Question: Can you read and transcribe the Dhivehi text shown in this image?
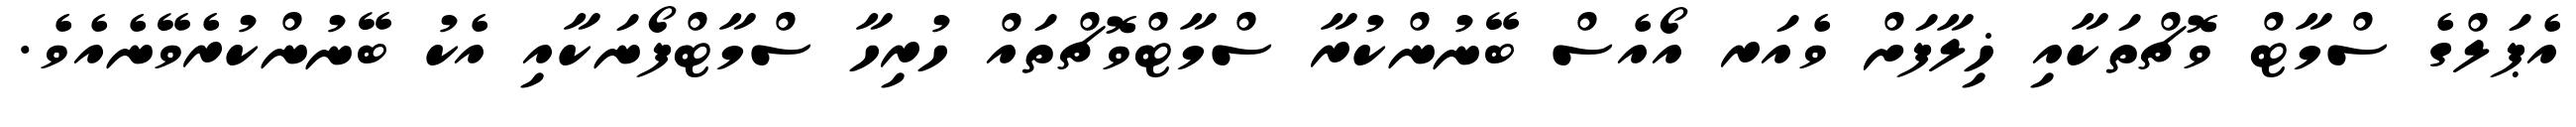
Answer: އެޕަލްގެ ސްމާޓް ވޮޗްތަކާއި ޚިލާފަށް ވެއަރ އޯއެސް ބޭނުންކުރާ ސްމާޓްވޮޗްތައް ހުރިހާ ސްމާޓްފޯނަކާއި އެކު ބޭނުންކުރެވޭނެއެވެ.